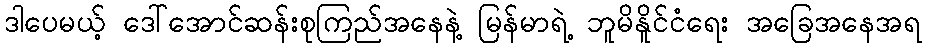
ဒါပေမယ့် ဒေါ်အောင်ဆန်းစုကြည်အနေနဲ့ မြန်မာရဲ့ ဘူမိနိူင်ငံရေး အခြေအနေအရ